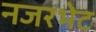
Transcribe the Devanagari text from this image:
नजरभेट